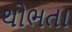
થોભતા